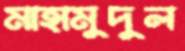
মাহামুদুল